Statistical return of the lunatic asylum in Assam - 1912-1932
Year: 1912
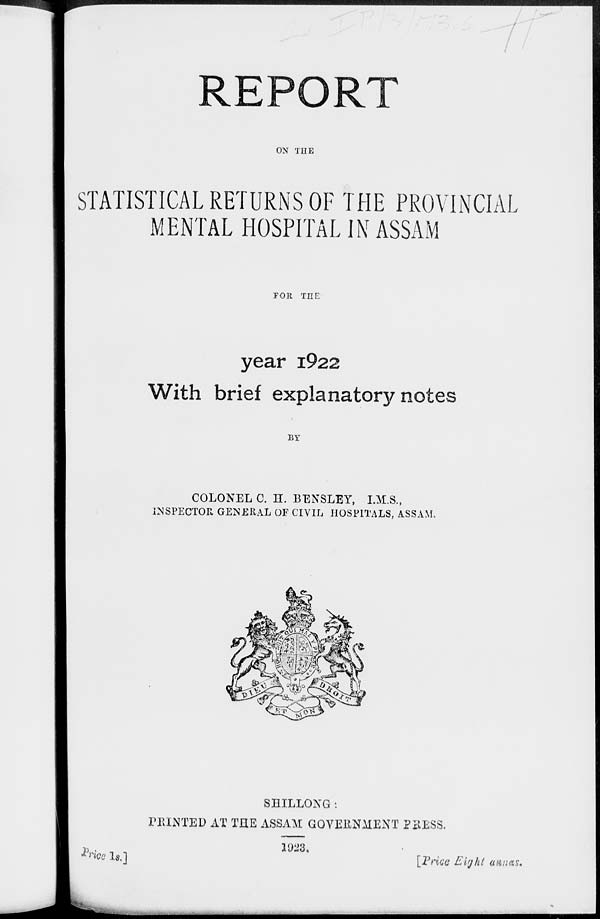
REPORT
ON THE
STATISTICAL RETURNS OF THE PROVINCIAL
MENTAL HOSPITAL IN ASSAM
TOR THE
year i922
With brief explanatory notes
BY
COLONEL C. H. BENSLBY, I.M.S.,
INSPECTOR GENERAL OF CIVIL HOSPITALS, ASSAM,
ill
iflS
.^
SHILLONG:
PBINTED AT THE ASSAM GOVERNMENT PilESS.
fts we Is.]
1923.
[Price Eight annas.